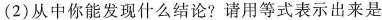
(2)从中你能发现什么结论?请用等式表示出来是